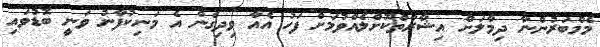
މެމްބަރުންނާ ދިމާލަށް އިޝާރާތްކޮށްލެއްވުމަށް ފަހު އެއާ ވިދިގެން އެ މަނިކުފާނު ވަނީ ބޮޑުވައި